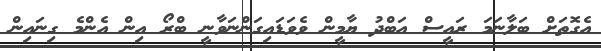
އެގޮތަށް ބަލާނަމަ ރައީސް އަބްދު ޔާމީން ވެވަޑައިގަންނަވާނީ ބްރޯ އިން އެންމެ ގިނައިން